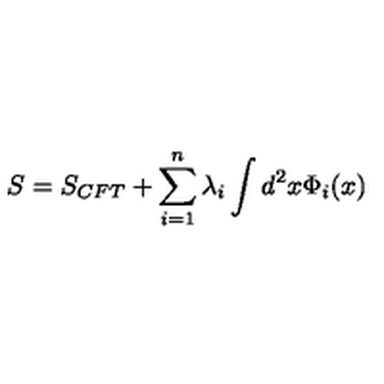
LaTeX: S = S _ { C F T } + \sum _ { i = 1 } ^ { n } \lambda _ { i } \int d ^ { 2 } x \Phi _ { i } ( x )